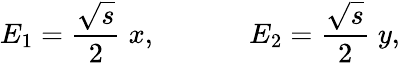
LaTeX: E_{1}=\frac{\sqrt{s}}{2}\; x,~~~~~~~~~~~~~E_{2}=\frac{\sqrt{s}}{2}\; y,